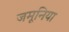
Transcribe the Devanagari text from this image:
जमूनिया